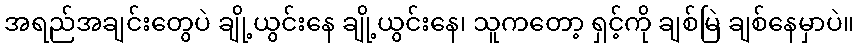
အရည်အချင်းတွေပဲ ချို့ယွင်းနေ ချို့ယွင်းနေ၊ သူကတော့ ရှင့်ကို ချစ်မြဲ ချစ်နေမှာပဲ။